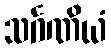
သင်္ဂဏိယံ